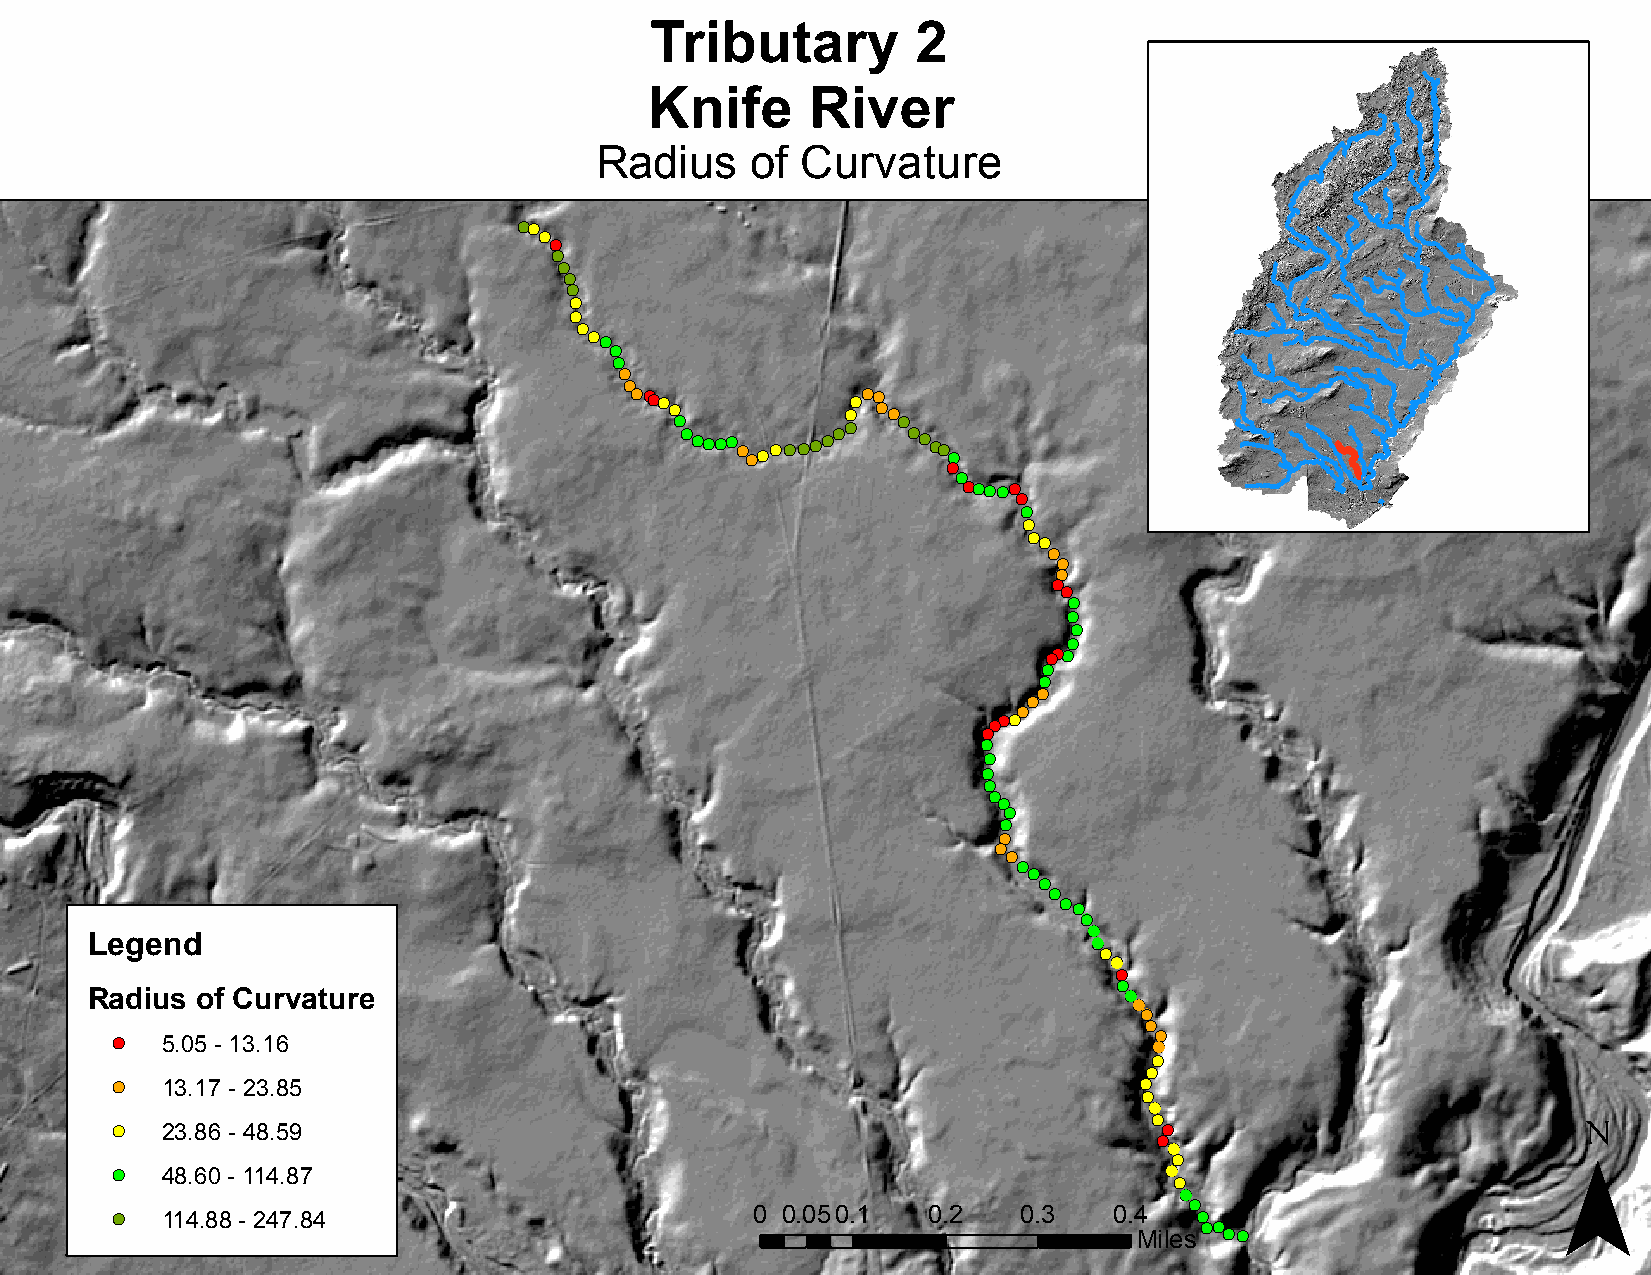
Tributary         2
 Knife      River
 Radius     of Curvature
 !(!(
 !(
 !(
 !(
 !(
 !(
 !(
 !(
 !(
 !(
 !(!(
 !(
 !(
 !(
 !(
 !(!(!(!(
 !(          !(!(
 !(!(
 !( !(
 !( !( !(!(!(!( !( !(!(!(!(!(!(!(!(!( !( !( !( !(!(
 !(
 !(
 !(
 !(!(!(!(!(
 !(
 !(
 !(
 !(!(
 !(
 !(
 !(
 !(
 !(
 !(
 !(
 !(
 !(
 !(!( !(
 !(
 !(
 !(
 !(
 !(
 !(!(!(
 !(
 !(
 !(
 !(
 !(
 !(
 !(
 !(
 !(
 !(
 !(
 !(
 !(
 !(
 !(
 !(
 !(!(
 !(
 (!
 Legend                                                            !(
 !(
 (!
 !(
 !(
 Radius of Curvature                                                 (! (!
 !(
 !(
 !(
 !(  5.05 - 13.16                                                     (!
 !(
 !(
 !(  13.17 - 23.85                                                   !( !(                        ¯
 (!
 !(
 !(  23.86 - 48.59                                                     (!
 !(
 (!
 !(
 !(  48.60 - 114.87                                                    (! !(
 (!
 !(
 !(  114.88 - 247.84                        0 0.05 0.1 0.2    0.3   0.4  !( !( !(
 Miles !(!(